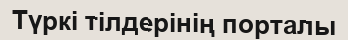
Түркі тілдерінің порталы